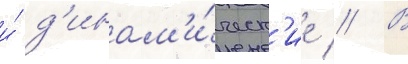
и́ д'инам'и́ческ'ие // В